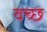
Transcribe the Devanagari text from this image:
वच्छ